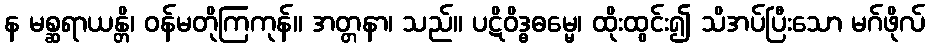
န မစ္ဆရာယန္တိ၊ ဝန်မတိုကြကုန်။ အတ္တနာ၊ သည်။ ပဋိဝိဒ္ဓဓမ္မေ၊ ထိုးထွင်း၍ သိအပ်ပြီးသော မဂ်ဖိုလ်